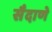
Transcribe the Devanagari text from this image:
सैदाणे